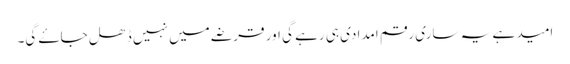
امید ہے یہ ساری رقم امدادی ہی رہے گی اور قرضے میں نہیں ڈھل جاۓ گی۔